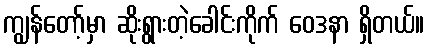
ကျွန်တော့်မှာ ဆိုးရွားတဲ့ခေါင်းကိုက် ဝေဒနာ ရှိတယ်။